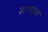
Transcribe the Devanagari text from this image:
गणानं